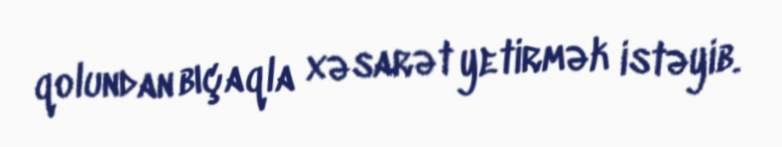
qolundan bıçaqla xəsarət yetirmək istəyib.